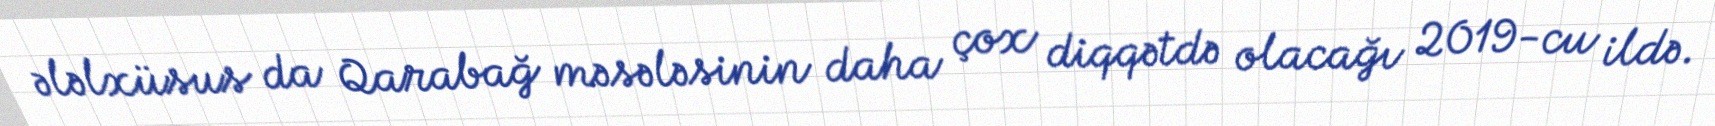
ələlxüsus da Qarabağ məsələsinin daha çox diqqətdə olacağı 2019-cu ildə.